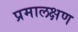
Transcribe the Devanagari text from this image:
प्रमालक्षण